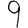
Digit: 9